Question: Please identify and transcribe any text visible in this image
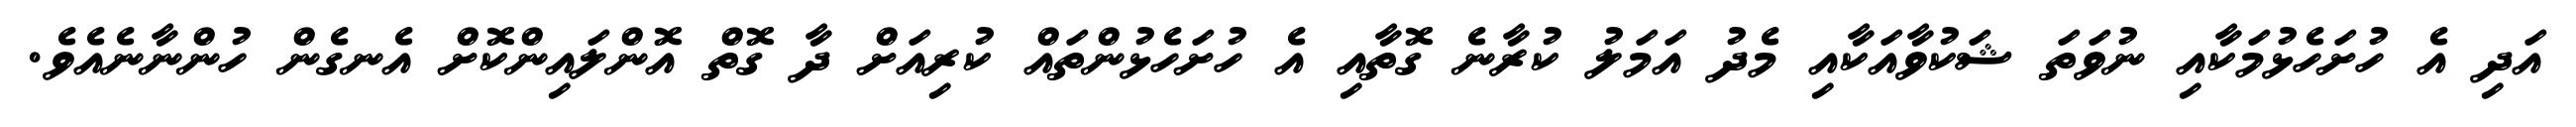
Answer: އަދި އެ ހުށަހެޅުމަކާއި ނުވަތަ ޝަކުވާއަކާއި މެދު އަމަލު ކުރާނެ ގޮތާއި އެ ހުށަހެޅުންތައް ކުރިއަށް ދާ ގޮތް އޮންލައިންކޮށް އެނގެން ހުންނާނެއެވެ.